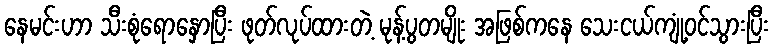
နေမင်းဟာ သီးစုံရောနှောပြီး ဖုတ်လုပ်ထားတဲ့ မုန့်ပွတမျိုး အဖြစ်ကနေ သေးငယ်ကျုံ့ဝင်သွားပြီး